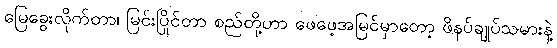
မြေခွေးလိုက်တာ၊ မြင်းပြိုင်တာ စည်တို့ဟာ ဖေဖေ့အမြင်မှာတော့ ဖိနပ်ချုပ်သမားနဲ့